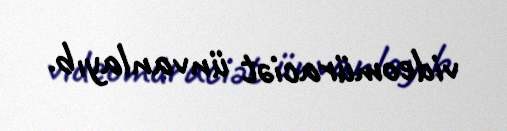
videomüraciət ünvanlayıb.